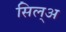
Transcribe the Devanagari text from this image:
सिल्‌अ